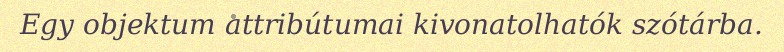
Egy objektum attribútumai kivonatolhatók szótárba.